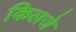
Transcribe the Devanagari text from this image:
किलजे